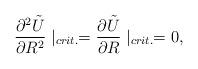
LaTeX: \begin{align*}\frac{\partial^2\tilde{U}}{\partial R^2}\mid_{crit.}=\frac{\partial\tilde{U}}{\partial R}\mid_{crit.}=0,\end{align*}